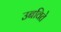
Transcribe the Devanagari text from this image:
उबविते